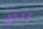
للذي